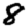
Digit: 8